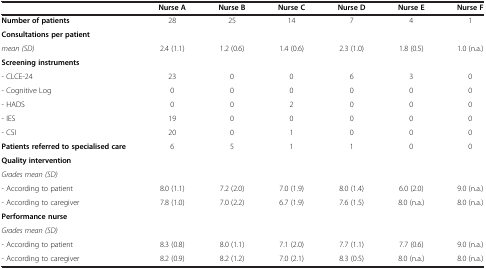
|  | Nurse A | Nurse B | Nurse C | Nurse D | Nurse E | Nurse F |
 | --- | --- | --- | --- | --- | --- | --- |
 | Number of patients | 28 | 25 | 14 | 7 | 4 | 1 |
 | Consultations per patient |  |  |  |  |  |  |
 | mean (SD) | 2.4 (1.1) | 1.2 (0.6) | 1.4 (0.6) | 2.3 (1.0) | 1.8 (0.5) | 1.0 (n.a.) |
 | Screening instruments |  |  |  |  |  |  |
 | - CLCE-24 | 23 | 0 | 0 | 6 | 3 | 0 |
 | - Cognitive Log | 0 | 0 | 0 | 0 | 0 | 0 |
 | - HADS | 0 | 0 | 2 | 0 | 0 | 0 |
 | - IES | 19 | 0 | 0 | 0 | 0 | 0 |
 | - CSI | 20 | 0 | 1 | 0 | 0 | 0 |
 | Patients referred to specialised care | 6 | 5 | 1 | 1 | 0 | 0 |
 | Quality intervention | <ROWSPAN=2>  | <ROWSPAN=2>  | <ROWSPAN=2>  | <ROWSPAN=2>  | <ROWSPAN=2>  | <ROWSPAN=2>  |
 | Grades mean (SD) |
 | - According to patient | 8.0 (1.1) | 7.2 (2.0) | 7.0 (1.9) | 8.0 (1.4) | 6.0 (2.0) | 9.0 (n.a.) |
 | - According to caregiver | 7.8 (1.0) | 7.0 (2.2) | 6.7 (1.9) | 7.6 (1.5) | 8.0 (n.a.) | 8.0 (n.a.) |
 | Performance nurse | <ROWSPAN=2>  | <ROWSPAN=2>  | <ROWSPAN=2>  | <ROWSPAN=2>  | <ROWSPAN=2>  | <ROWSPAN=2>  |
 | Grades mean (SD) |
 | - According to patient | 8.3 (0.8) | 8.0 (1.1) | 7.1 (2.0) | 7.7 (1.1) | 7.7 (0.6) | 9.0 (n.a.) |
 | - According to caregiver | 8.2 (0.9) | 8.2 (1.2) | 7.0 (2.1) | 8.3 (0.5) | 8.0 (n.a.) | 8.0 (n.a.) |